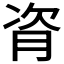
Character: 𬁼